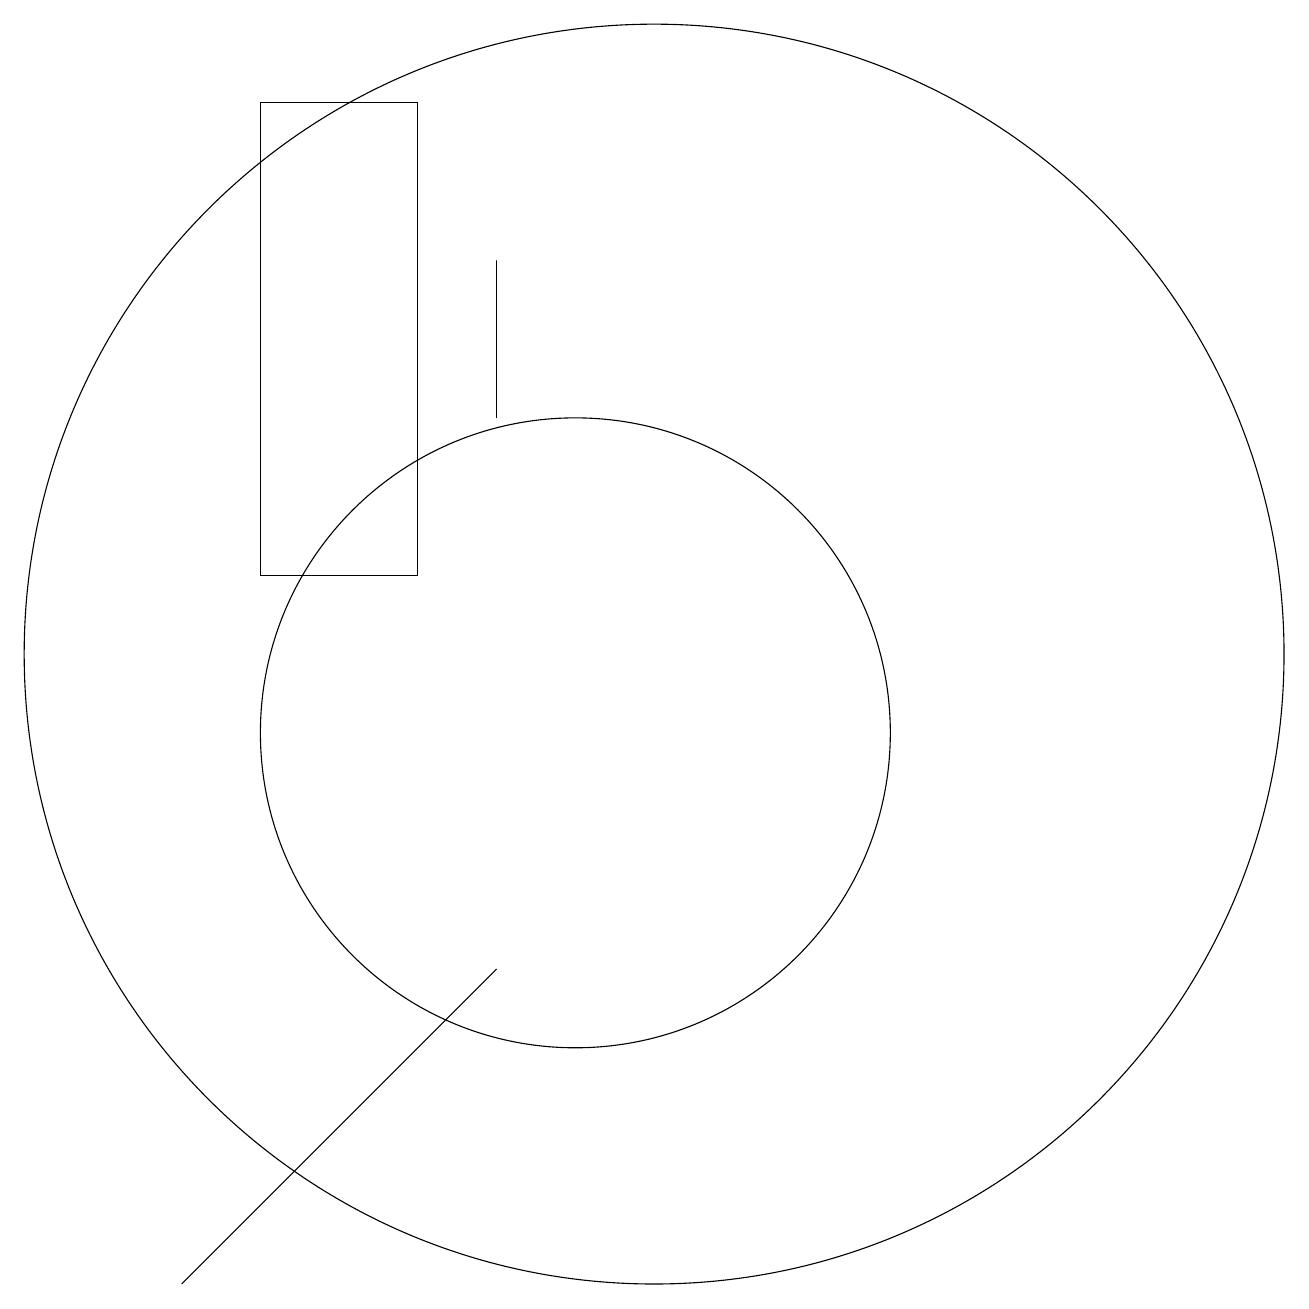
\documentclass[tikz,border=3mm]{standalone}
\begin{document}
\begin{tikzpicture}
\draw (11,11) circle (8);
\draw (5,3) -- (9,7) -- (5,3) -- cycle;
\draw (8,12) rectangle (6,18);
\draw (9,14) rectangle (9,16);
\draw (10,10) circle (4);
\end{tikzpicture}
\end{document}